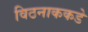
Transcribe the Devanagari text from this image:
विठनाककडे